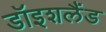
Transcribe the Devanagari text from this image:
डॉइशलैंड